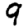
Digit: 9